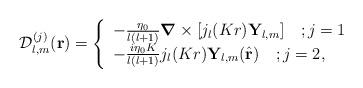
LaTeX: \begin{align*}\mathcal{D}_{l,m}^{(j)}(\mathbf{r})=\left\{\begin{array}[c]{l}-\frac{\eta_{0}}{l(l+1)}\mbox{\boldmath${\nabla}$}\times\lbrack j_{l}(Kr)\mathbf{Y}_{l,m}]\quad;j=1\\-\frac{i\eta_{0}K}{l(l+1)}j_{l}(Kr)\mathbf{Y}_{l,m}(\hat{\mathbf{r}})\quad;j=2,\end{array}\right.\end{align*}